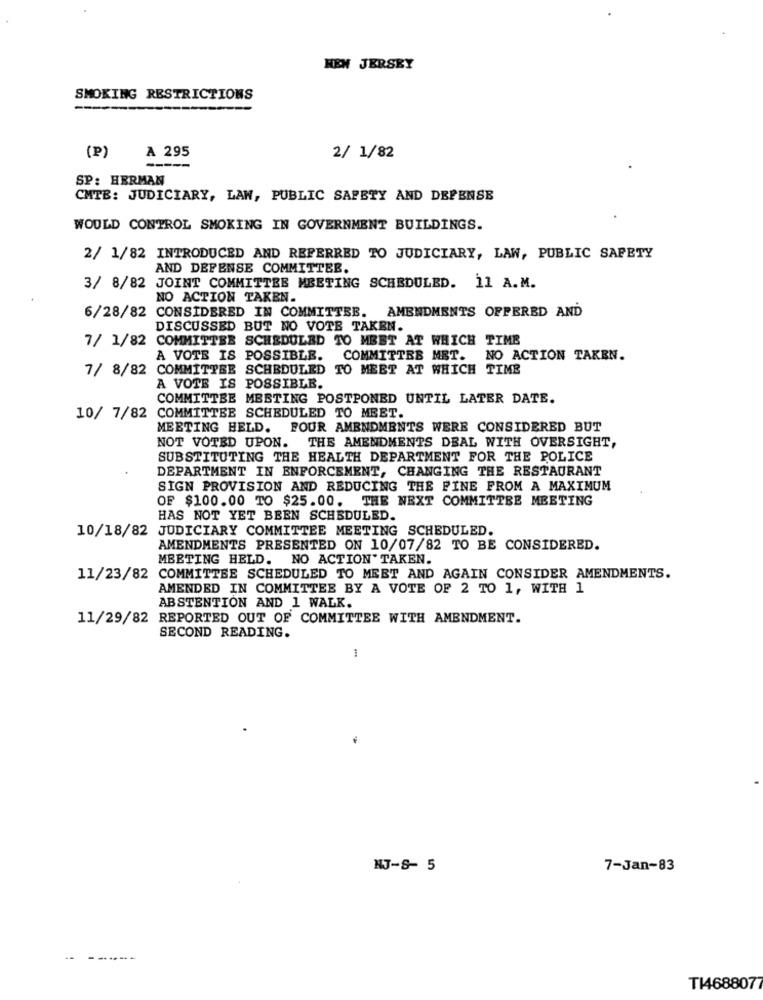
NEW JERSEY
SMOKING RESTRICTIONS
A 295
(P)
2/ 1/82
SP: HERMAN
CMTB: JUDICIARY, LAW, PUBLIC SAFETY AND DEFENSE
WOULD CONTROL SMOKING IN GOVERNMENT BUILDINGS.
2/ 1/82 INTRODUCED AND REFERRED TO JUDICIARY, LAW, PUBLIC SAFETY
AND DEFENSE COMMITTEE.
3/ 8/82 JOINT COMMITTEE MEETING SCHEDULED. 11 A.M.
NO ACTION TAKEN.
CONSIDERED IN COMMITTEE. AMENDMENTS OFFERED AND
6/28/82
DISCUSSED BUT NO VOTE TAKEN.
COMMITTEE SCHEDULED TO MEET AT WHICH TIME
7/ 1/82
A VOTE IS POSSIBLE.
COMMITTEE MET. NO ACTION TAKEN.
7/ 8/82 COMMITTEE SCHEDULED TO MEET AT WHICH TIME
A VOTE IS POSSIBLE.
COMMITTEE MEETING POSTPONED UNTIL LATER DATE.
10/ 7/82 COMMITTEE SCHEDULED TO MEET.
MEETING HELD.
FOUR AMENDMENTS WERE CONSIDERED BUT
NOT VOTED UPON. THE AMENDMENTS DEAL WITH OVERSIGHT,
SUBSTITUTING THE HEALTH DEPARTMENT FOR THE POLICE
DEPARTMENT IN ENFORCEMENT, CHANGING THE RESTAURANT
SIGN PROVISION AND REDUCING THE FINE FROM A MAXIMUM
OF $100.00 TO $25.00. THE NEXT COMMITTEE MEETING
HAS NOT YET BEEN SCHEDULED.
JUDICIARY COMMITTEE MEETING SCHEDULED.
10/18/82
AMENDMENTS PRESENTED ON 10/07/82 TO BE CONSIDERED.
MEETING HELD. NO ACTION TAKEN.
11/23/82 COMMITTEE SCHEDULED TO MEET AND AGAIN CONSIDER AMENDMENTS.
AMENDED IN COMMITTEE BY A VOTE OF 2 TO 1, WITH 1
ABSTENTION AND 1 WALK.
11/29/82 REPORTED OUT OF COMMITTEE WITH AMENDMENT.
SECOND READING.
1
NJ-S- 5
7-Jan-83
---
T1468807